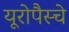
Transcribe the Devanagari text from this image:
यूरोपैस्चे